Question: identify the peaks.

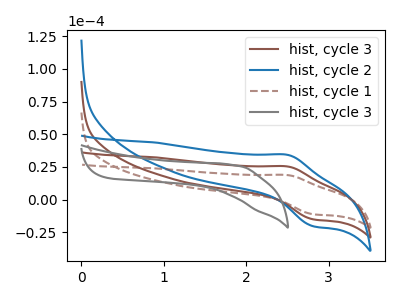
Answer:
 <answer>The brown curve "hist, cycle 3" has an anodic peak at (2.50V, 25.40uA) and a cathodic peak at (2.80V, -15.00uA). The blue curve "hist, cycle 2" has an anodic peak at (2.50V, 50.75uA) and a cathodic peak at (2.80V, -29.95uA). The brown dashed curve "hist, cycle 1" has an anodic peak at (2.50V, 18.80uA) and a cathodic peak at (2.80V, -11.10uA). The gray curve "hist, cycle 3" has no peaks.</answer>
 <eval></eval>